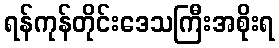
ရန်ကုန်တိုင်းဒေသကြီးအစိုးရ